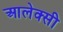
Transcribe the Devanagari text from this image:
आलेक्सी